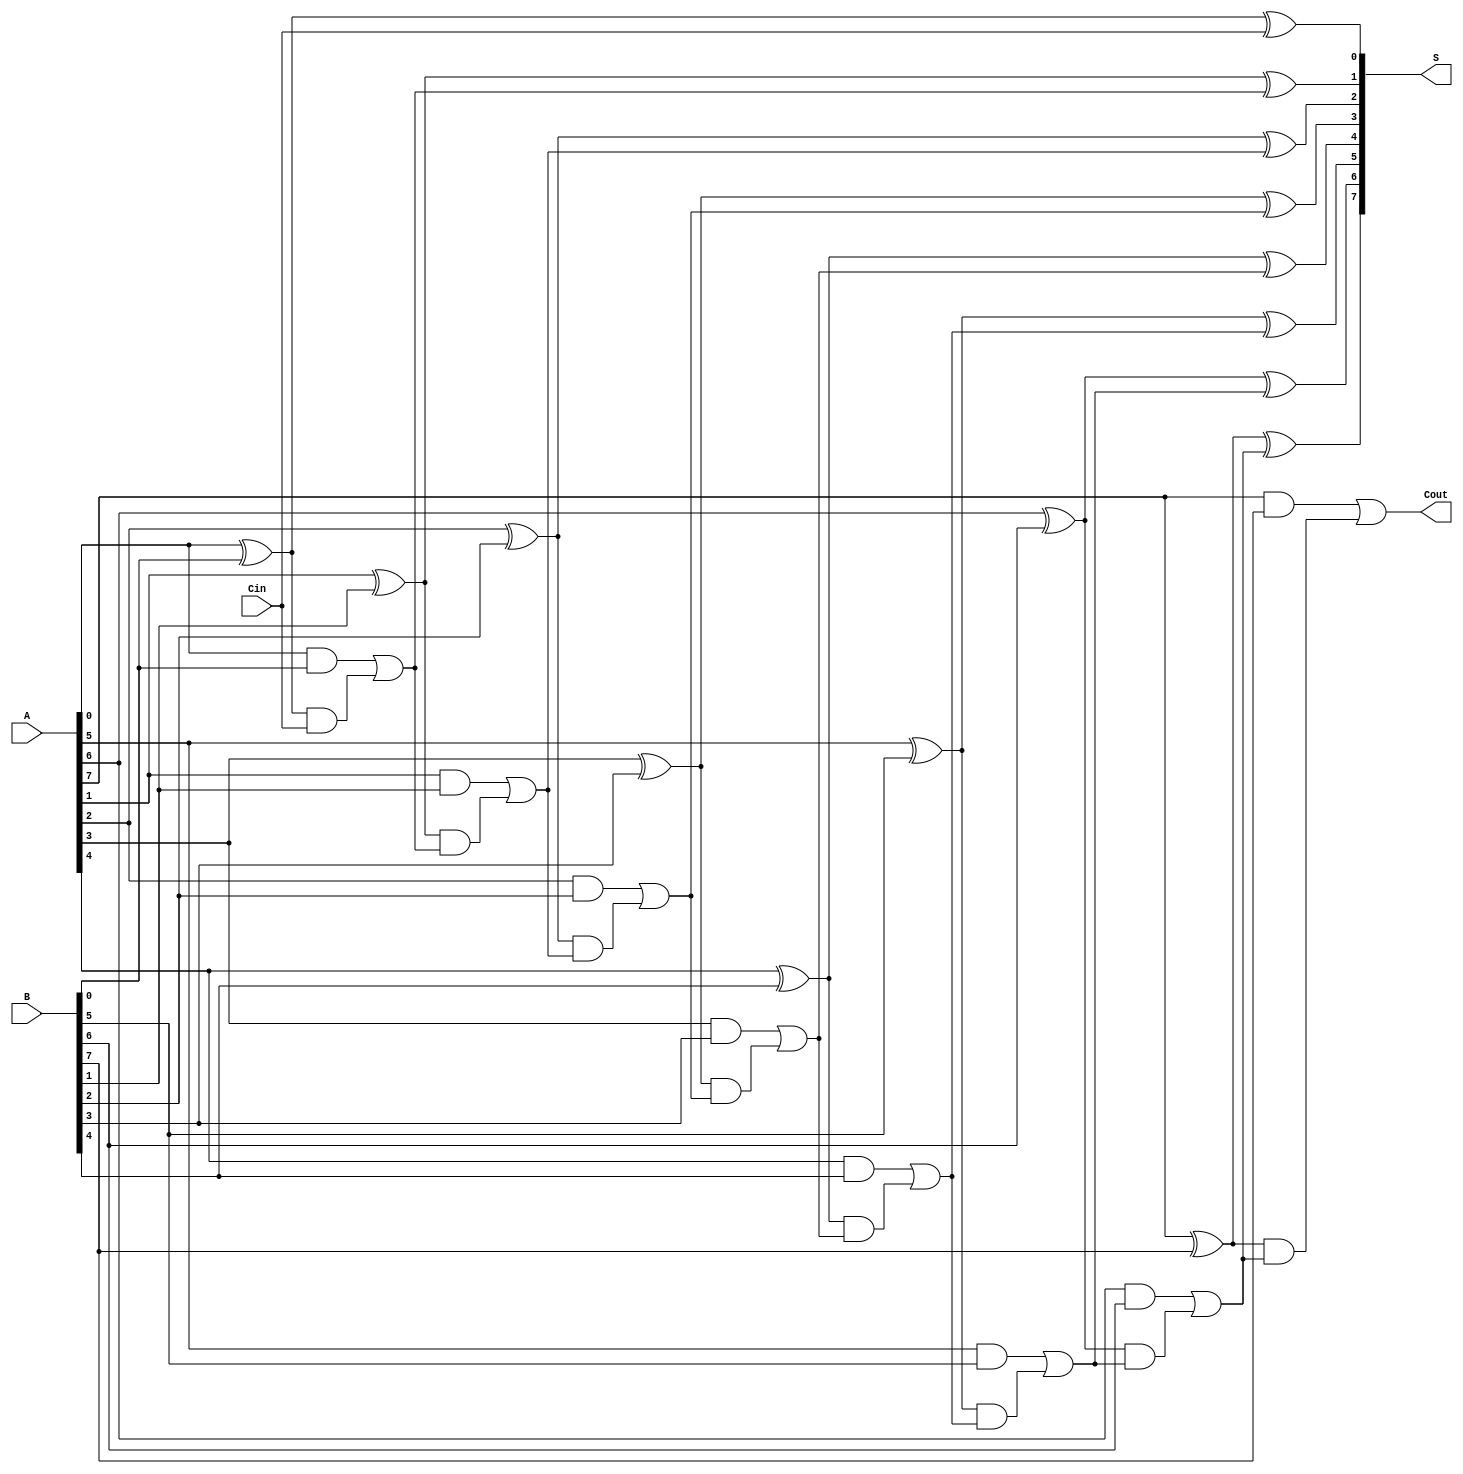
module Sklansky_Adder #(parameter N = 8) (
    input [N-1:0] A,
    input [N-1:0] B,
    input Cin,
    output [N-1:0] S,
    output Cout
);

    wire [N-1:0] G; // Generate signals
    wire [N-1:0] P; // Propagate signals
    wire [N:0] C;   // Carry signals (C[0] = Cin)
    
    // Generate and propagate signals
    generate
        genvar i;
        for (i = 0; i < N; i = i + 1) begin : gen_prop
            assign G[i] = A[i] & B[i];
            assign P[i] = A[i] ^ B[i];
        end
    endgenerate

    // Carry generation using Sklansky adder logic
    assign C[0] = Cin;

    generate
        genvar j;
        for (j = 1; j <= N; j = j + 1) begin : carry_generation
            assign C[j] = G[j-1] | (P[j-1] & C[j-1]);
        end
    endgenerate

    // Sum calculation
    generate
        genvar k;
        for (k = 0; k < N; k = k + 1) begin : sum_calculation
            assign S[k] = P[k] ^ C[k];
        end
    endgenerate

    // Final carry-out
    assign Cout = C[N];

endmodule